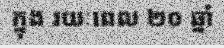
ក្នុង រយៈពេល ២០ ឆ្នាំ